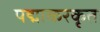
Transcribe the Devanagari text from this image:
पद्माकरकृत